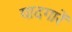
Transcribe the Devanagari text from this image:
यादगारें